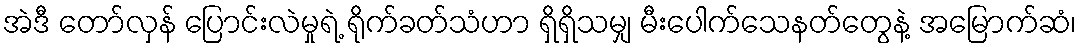
အဲဒီ တော်လှန် ပြောင်းလဲမှုရဲ့ ရိုက်ခတ်သံဟာ ရှိရှိသမျှ မီးပေါက်သေနတ်တွေနဲ့ အမြောက်ဆံ၊